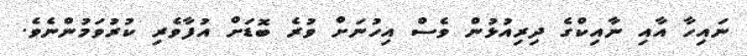
ނައިހާ އާއި ނާއިކްގެ ދިރިއުޅުން ވެސް އިހުނަށް ވުރެ ބޮޑަށް އުފާވެރި ކުރުވަމުންނެވެ.